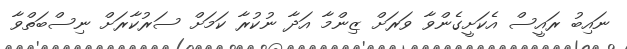
ނައިބު ރައީސް އެކަށީގެންވާ ވަރަށް ޒިންމާ އަދާ ނުކުރާ ކަމަށް ސަރުކާރަށް ނިސްބަތްވާ